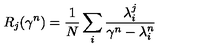
R _ { j } ( \gamma ^ { n } ) = \frac 1 N \sum _ { i } \frac { \lambda _ { i } ^ { j } } { \gamma ^ { n } - \lambda _ { i } ^ { n } }